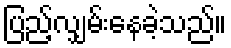
ပြည့်လျှမ်းနေခဲ့သည်။